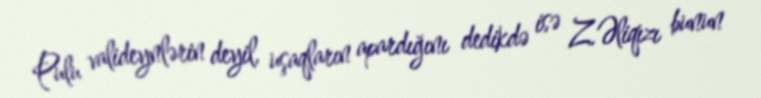
Pulu valideynlərin deyil, uşaqların apardığını dedikdə isə Z.Əliqızı bunun